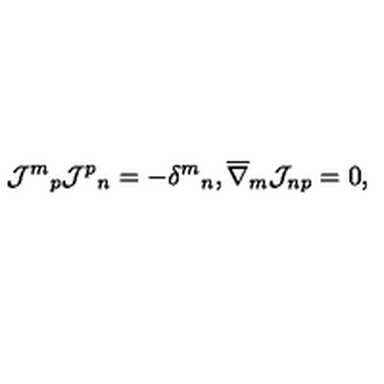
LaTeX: { \mathcal { J } ^ { m } } _ { p } { \mathcal { J } ^ { p } } _ { n } = - { \delta ^ { m } } _ { n } , \overline { { \nabla } } _ { m } \mathcal { J } _ { n p } = 0 ,